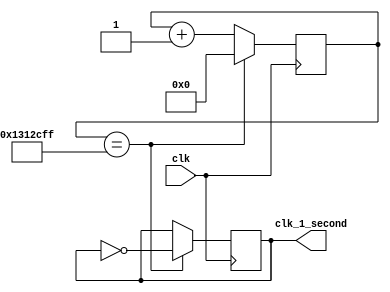
//this is a frequency divider to slow the clock cycle in one second:

`timescale 1ps/1ps

module FREQUENCY_DIVIDER (
    input clk,
    output reg clk_1_second
);
    //this count the number of each cycle:
    reg [25:0]counter;
    initial begin
        clk_1_second = 0;
        counter = 0;
    end

    //define the clock out in a second:
    always @(posedge clk) begin
        if (counter == 20000000 - 1) begin              //because the frequency of clk is 40MHz.
            counter <= 0;
            clk_1_second <= ~clk_1_second;
        end
        else begin
            counter <= counter + 1;
        end
    end

endmodule